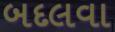
બદલવા